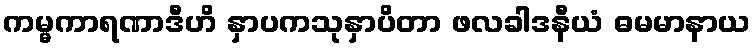
ကမ္မကာရဏာဒီဟိ နှာပကသုနှာပိတာ ဖလခါဒနီယံ ဓမမာနာယ